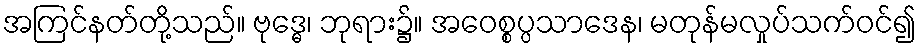
အကြင်နတ်တို့သည်။ ဗုဒ္ဓေ၊ ဘုရား၌။ အဝေစ္စပ္ပသာဒေန၊ မတုန်မလှုပ်သက်ဝင်၍